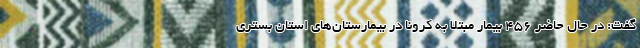
گفت: در حال حاضر ۴۵۶ بیمار مبتلا به کرونا در بیمارستان‌های استان بستری